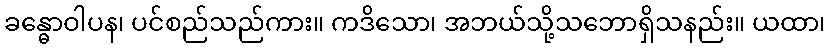
ခန္ဓောဝါပန၊ ပင်စည်သည်ကား။ ကဒိသော၊ အဘယ်သို့သဘောရှိသနည်း။ ယထာ၊